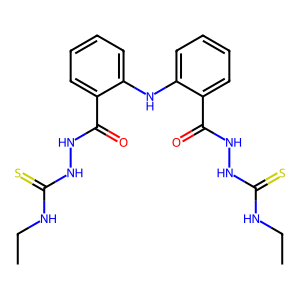
SMILES: CCNC(=S)NNC(=O)c1ccccc1Nc1ccccc1C(=O)NNC(=S)NCC
Inhibits HIV replication: No